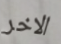
الاخر